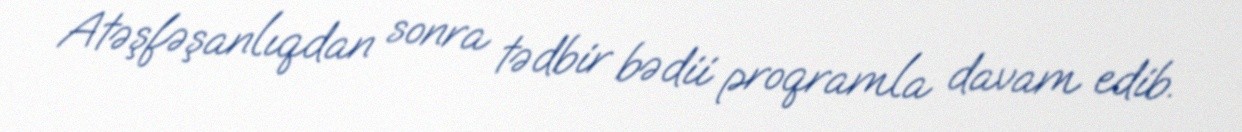
Atəşfəşanlıqdan sonra tədbir bədii proqramla davam edib.